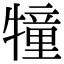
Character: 犝